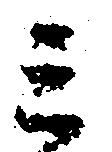
ミ